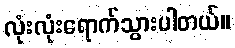
လုံးလုံးရောက်သွားပါတယ်။